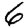
Digit: 6